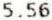
5.56